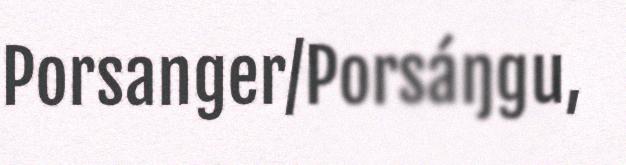
Porsanger/Porsáŋgu,